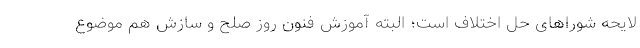
لایحه شوراهای حل اختلاف است؛ البته آموزش فنون روز صلح و سازش هم موضوع